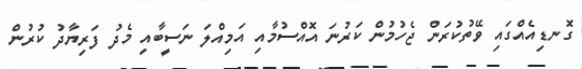
ގޮނޑިއެއްގައި ވޭތުކުރަން ޖެހުމުން ކަރުނަ އޮއްސުމާއި އަމިއްލަ ނަސީބާއި މެދު ފަރިޔާދު ކުރުން